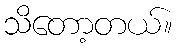
သိတော့တယ်။